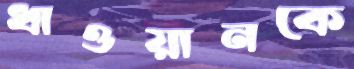
ধাওয়ানকে